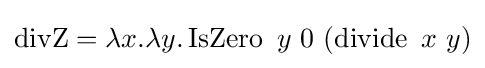
\operatorname {divZ} =\lambda x.\lambda y.\operatorname {IsZero} \ y\ 0\ (\operatorname {divide} \ x\ y)